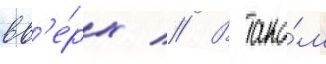
вв'е́рх // В тако́м